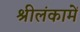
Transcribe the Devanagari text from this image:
श्रीलंकामें